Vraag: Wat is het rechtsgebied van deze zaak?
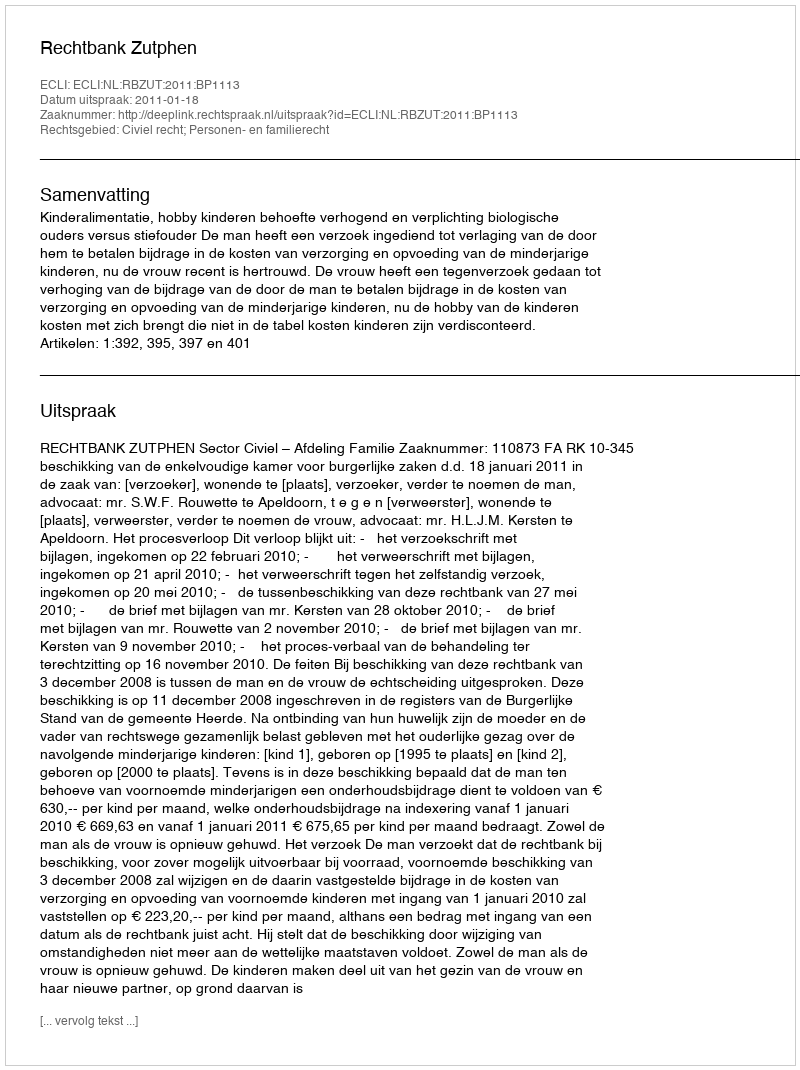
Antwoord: Civiel recht; Personen- en familierecht